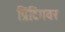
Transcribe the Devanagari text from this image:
प्रिंटिंगवर